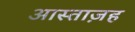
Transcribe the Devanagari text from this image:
आस्ताज़ह